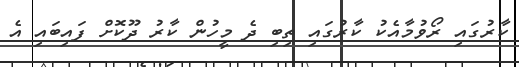
ކާރުގައި ރޯވުމާއެކު ކާރުގައި ތިބި ދެ މީހުން ކާރު ދޫކޮށް ފައިބައި އެ